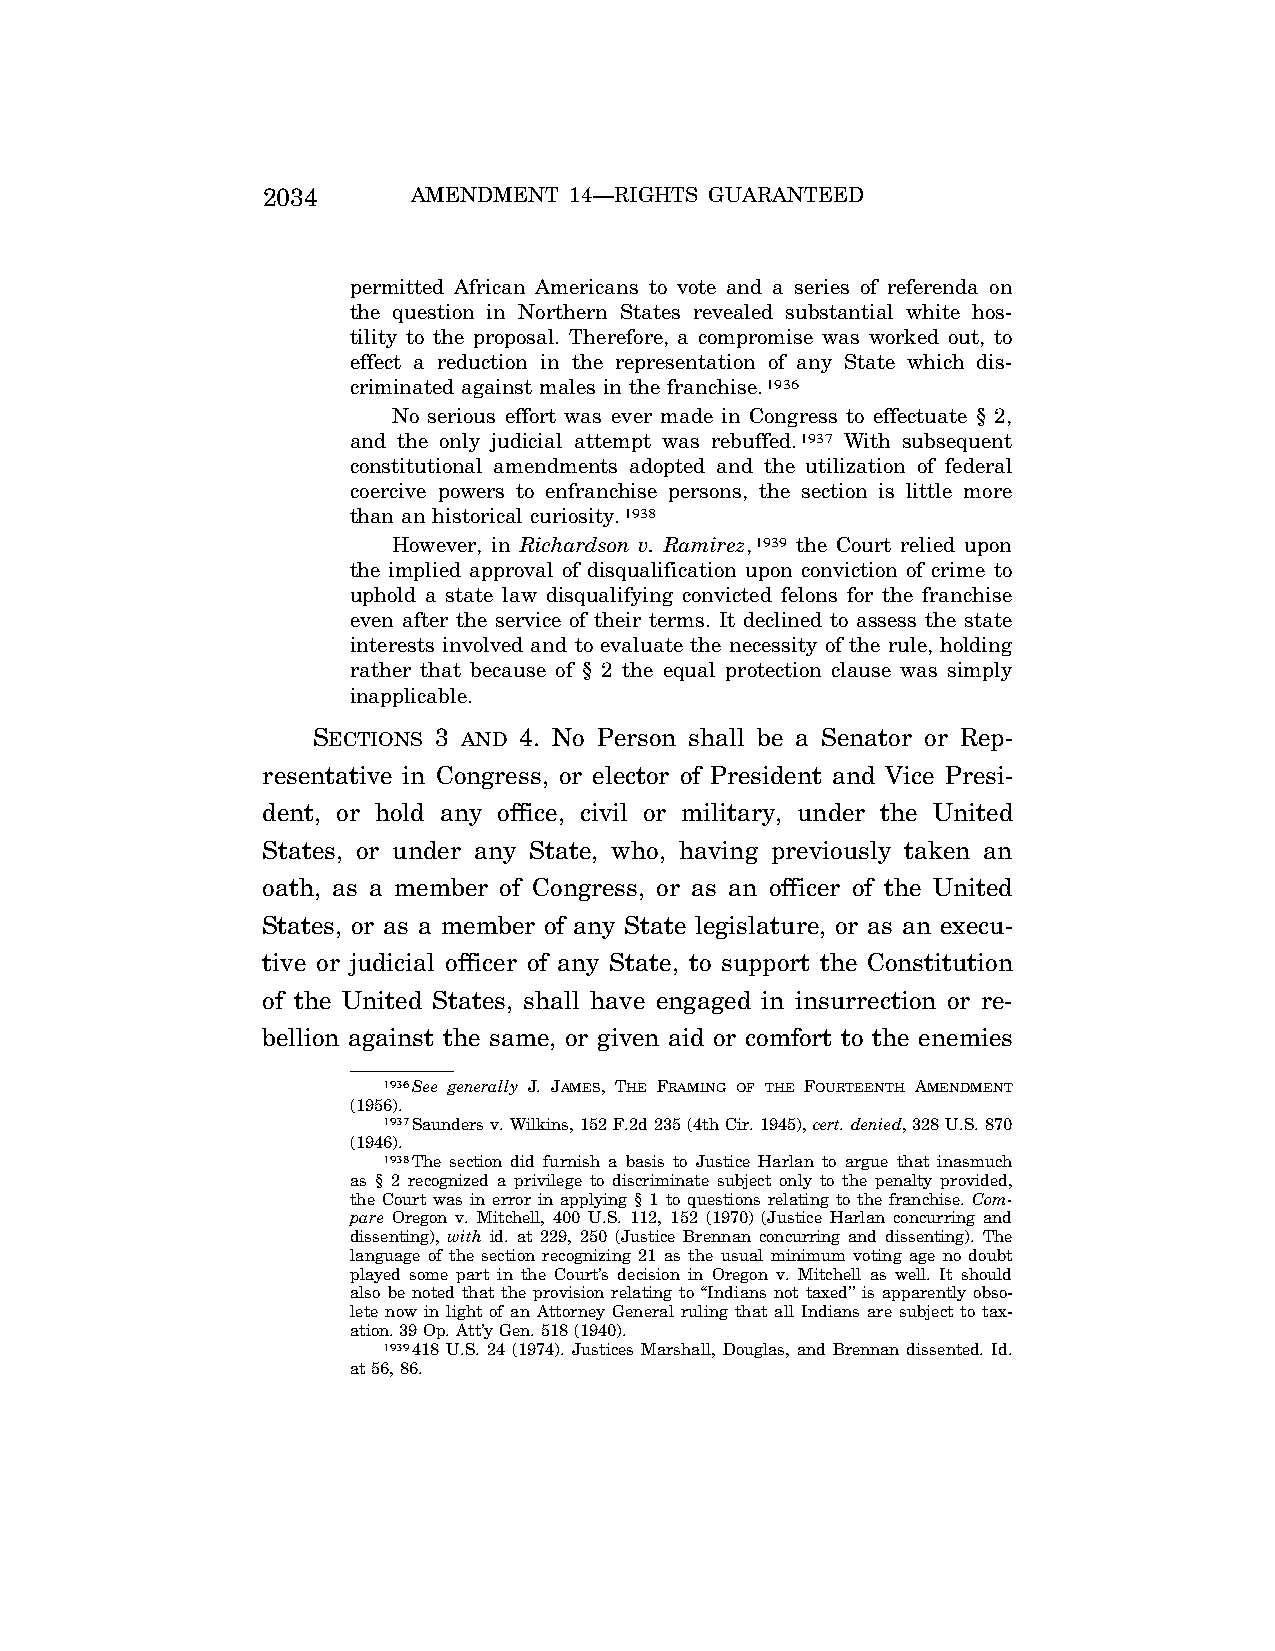
2034      AMENDMENT  14—RIGHTS GUARANTEED
 permitted African Americans to vote and a series of referenda on
 the question in Northern States revealed substantial white hos-
 tility to the proposal. Therefore, a compromise was worked out, to
 effect a reduction in the representation of any State which dis-
 criminated against males in the franchise.1936
 No serious effort was ever made in Congress to effectuate § 2,
 and the only judicial attempt was rebuffed.1937 With subsequent
 constitutional amendments adopted and the utilization of federal
 coercive powers to enfranchise persons, the section is little more
 than an historical curiosity.1938
 However, in Richardson v. Ramirez,1939 the Court relied upon
 the implied approval of disqualification upon conviction of crime to
 uphold a state law disqualifying convicted felons for the franchise
 even after the service of their terms. It declined to assess the state
 interests involved and to evaluate the necessity of the rule, holding
 rather that because of § 2 the equal protection clause was simply
 inapplicable.
 SECTIONS 3 AND 4. No Person shall be a Senator or Rep-
 resentative in Congress, or elector of President and Vice Presi-
 dent, or hold any office, civil or military, under the United
 States, or under any State, who, having previously taken an
 oath, as a member of Congress, or as an officer of the United
 States, or as a member of any State legislature, or as an execu-
 tive or judicial officer of any State, to support the Constitution
 of the United States, shall have engaged in insurrection or re-
 bellion against the same, or given aid or comfort to the enemies
 1936See generally J. JAMES, THE FRAMING OF THE FOURTEENTH AMENDMENT
 (1956).
 1937Saunders v. Wilkins, 152 F.2d 235 (4th Cir. 1945), cert. denied, 328 U.S. 870
 (1946).
 1938The section did furnish a basis to Justice Harlan to argue that inasmuch
 as § 2 recognized a privilege to discriminate subject only to the penalty provided,
 the Court was in error in applying § 1 to questions relating to the franchise. Com-
 pare Oregon v. Mitchell, 400 U.S. 112, 152 (1970) (Justice Harlan concurring and
 dissenting), with id. at 229, 250 (Justice Brennan concurring and dissenting). The
 language of the section recognizing 21 as the usual minimum voting age no doubt
 played some part in the Court’s decision in Oregon v. Mitchell as well. It should
 also be noted that the provision relating to ‘‘Indians not taxed’’ is apparently obso-
 lete now in light of an Attorney General ruling that all Indians are subject to tax-
 ation. 39 Op. Att’y Gen. 518 (1940).
 1939418 U.S. 24 (1974). Justices Marshall, Douglas, and Brennan dissented. Id.
 at 56, 86.
 VerDate Jul<13>2004 05:44 Jul 13, 2004 Jkt 000000 PO 00000 Frm 00364 Fmt 8222 Sfmt 8222 \\GSDDPC41\YOURS-AND-MINE\CON046.SGM CON046